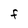
Character: F